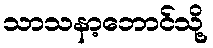
သာသနာ့ဘောင်သို့